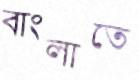
বাংলাতে